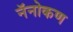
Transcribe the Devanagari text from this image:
नॅनोकण